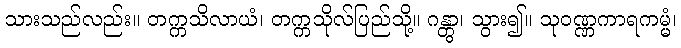
သားသည်လည်း။ တက္ကသိလာယံ၊ တက္ကသိုလ်ပြည်သို့။ ဂန္တွာ၊ သွား၍။ သုဝဏ္ဏကာရကမ္မံ၊